Bréfritari: Jónatan Þorláksson
Viðtakandi: Jón Borgfirðings Jónsson
Dagsetning: A-1868-02-17
Skrifað á: Þórðarstöðum  S-Þing.

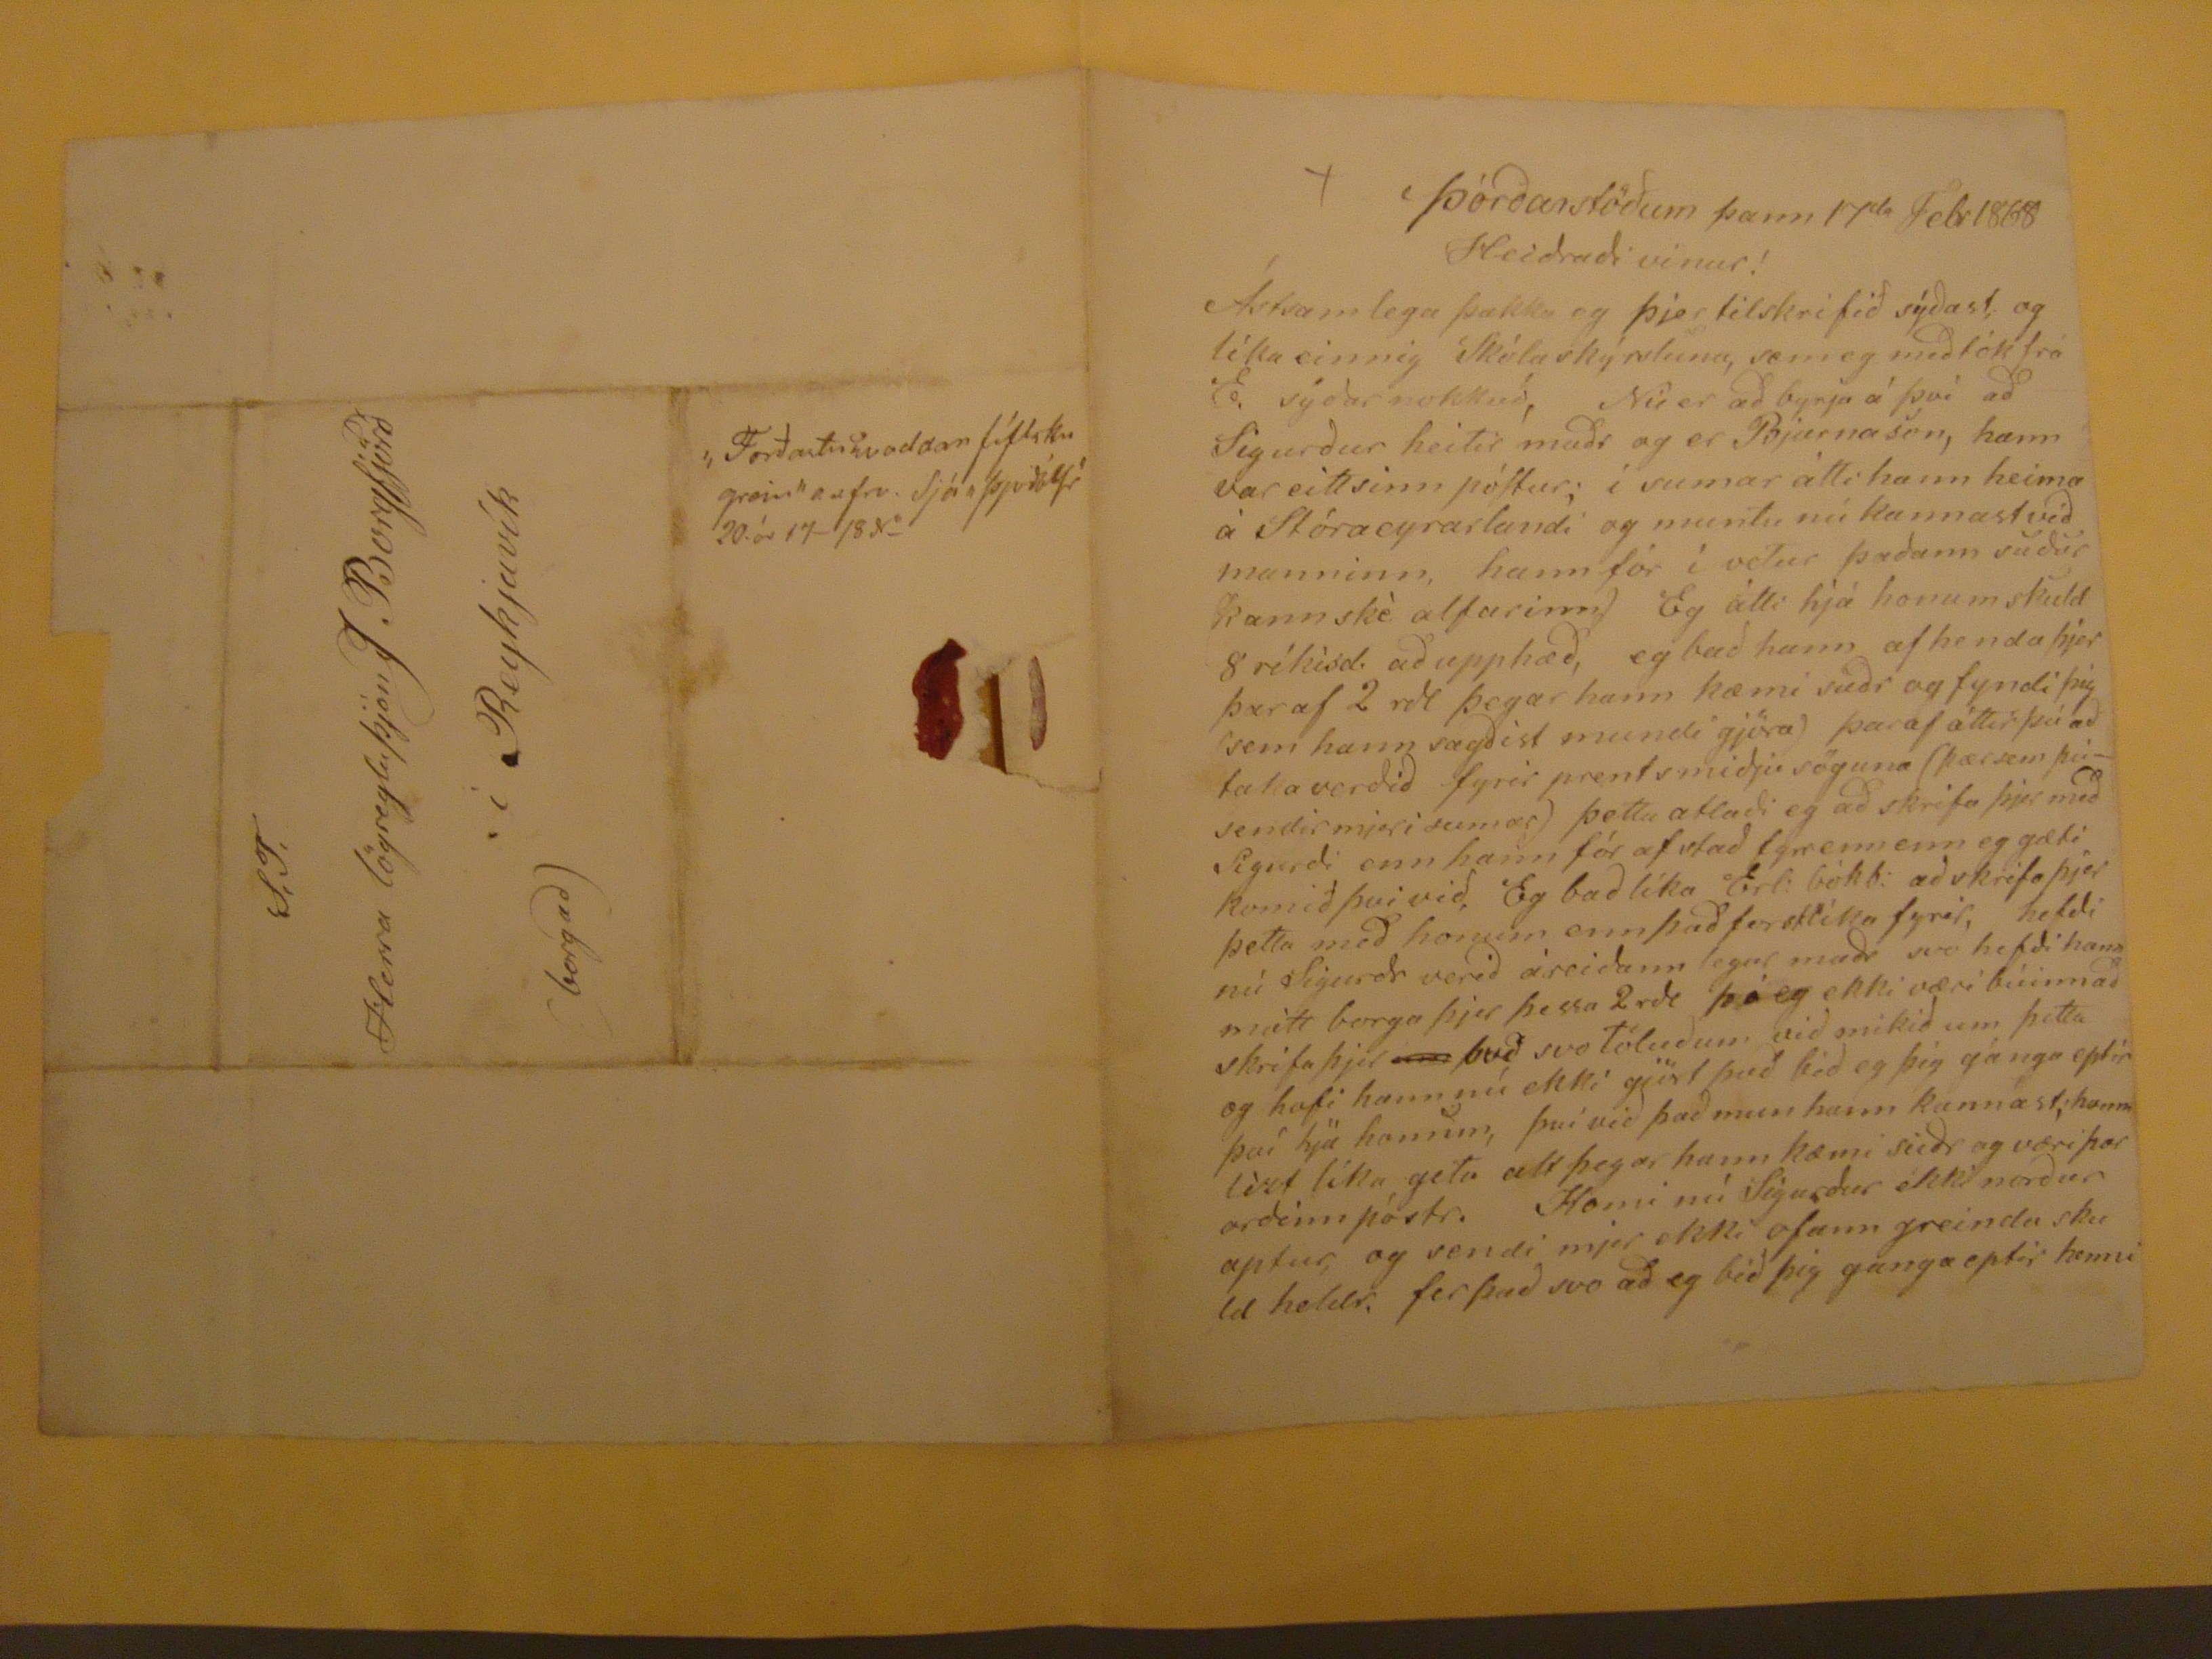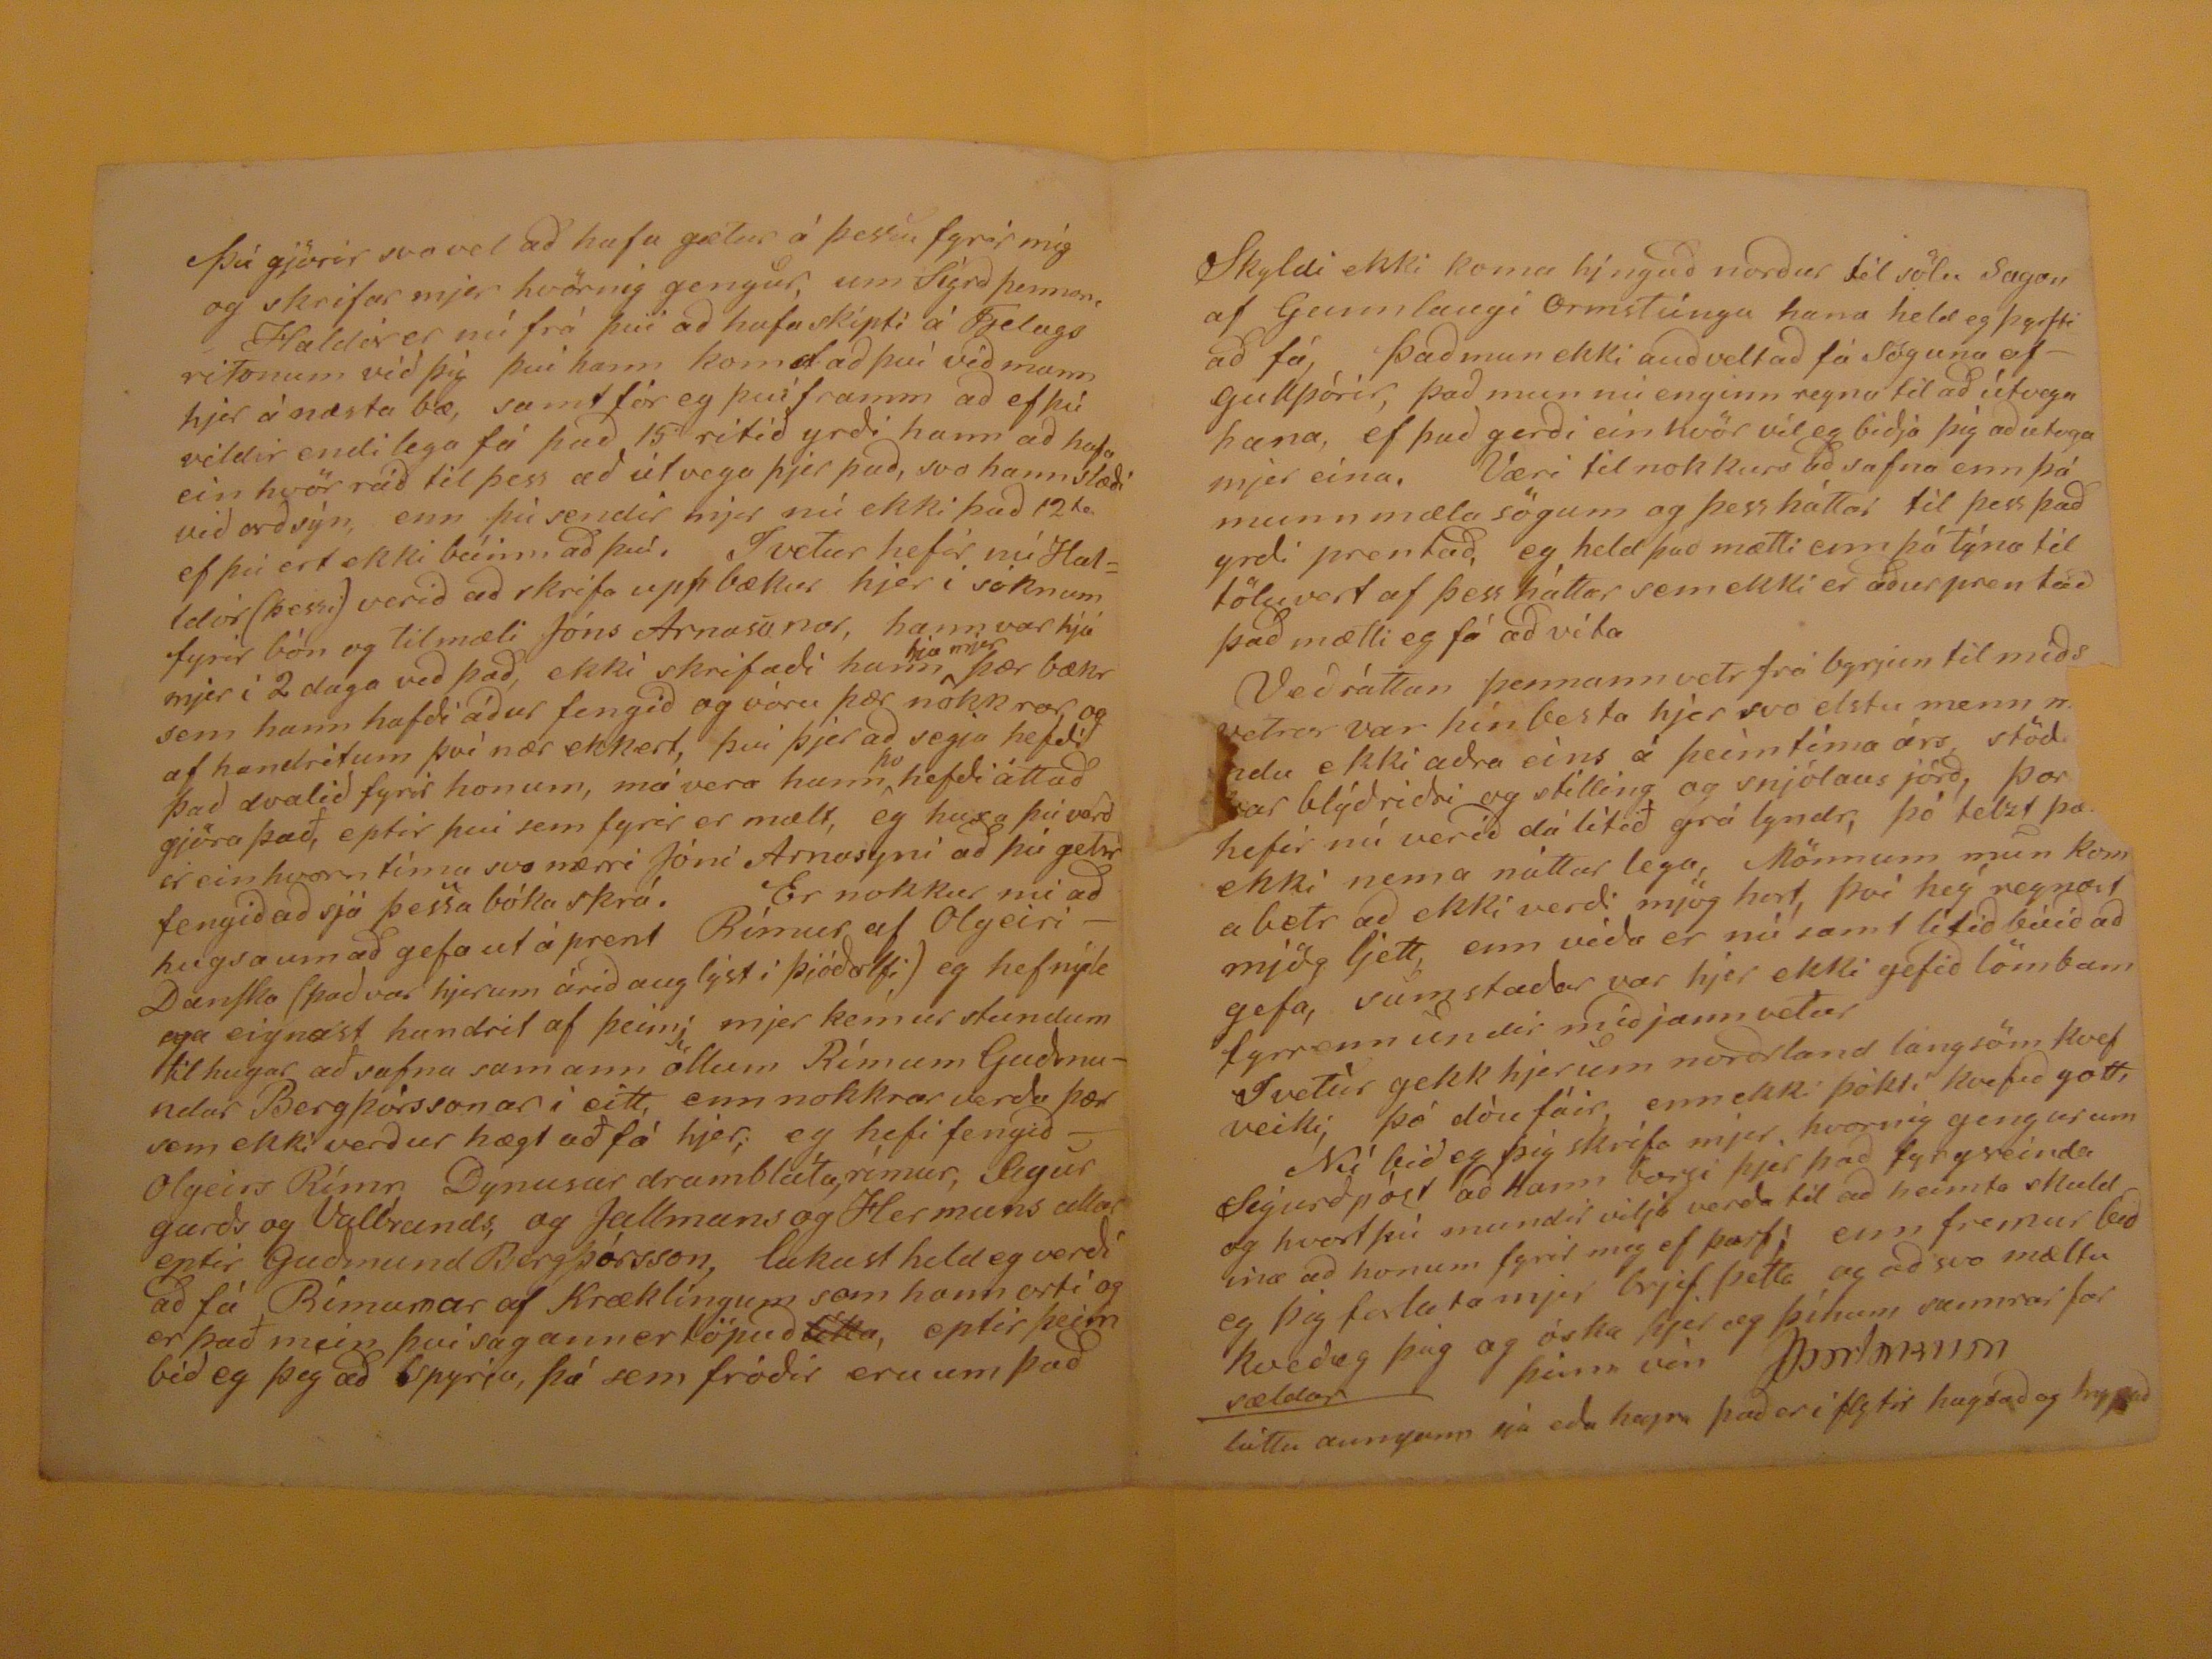

Þórðarstöðum þann 17
da
Febr 1868
Heiðraði vinur!
Ástsamlega þakka eg þjer tilskrifið sýðast, og líka einnig Skólaskýrsluna, sem eg meðtók frá E. sýðar nokkuð, Nú er að byrja á því að Sigurður heitir maðr og er Bjarnason, hann var eittsinn póstur; í sumar átti hann heima á Stóraeyrarlandi og muntu nú kannast við manninn, hann fór í vetur þaðann suður kannské alfarinn) Eg átti hjá honum skluld 8 ríkisd. að upphæð, eg bað hann afhenda þjer þar af 2 rdl þegar hann kæmi suðr og fyndi þig (sem hann sagðist mundi gjöra) þar af áttir þú að taka verðið fyrir prenstmiðju söguna (þær sem þú-sendir mjer i sumar) þetta ætlaði eg að skrifa þjer með Sigurði enn hann fór af stað fyrr enn enn eg gæti komið því við, Eg bað lika Erl: bókb: að skrifa þjer þetta með honum enn það
forslíka
fyrir, hefði nú Sigurðr verið áreiðann legur maðr svo hefði hann mátt borga þjer þessa 2 rdl þó eg ekki væri búinn að skrifa þjer
um
það, svo töluðum við mikið um þetta og hafi hann nú ekki gjört það bið eg þig gánga eptir því hjá honum, því við það mun hann kannast; hann lízt líka geta alt þegar hann kæmi suðr og væri þar orðinn póstr. Komi nú Sigurður ekki norður aptur, og sendi mjer ekki ofann greinda skuld heldr. fer það svo að eg bið þig ganga eptir henni
Þú gjörir svo vel að hafa gætur á þessu fyrir mig og skrifar mjer hvörnig gengur, um Sigrð þennan, Haldór er nú frá því að hafa skipti á Fjelagsritonum við þig því hann komst að því við mann hjer á næsta bæ, samt fór eg því framm að ef þú vildir endilega fá það 15 ritið yrði hann að hafa einhvör ráð til þess að útvega þjer það, svo hann stæði við orðsýn, enn þú sendir mjer nú ekki það 12
ta
ef þú ert ekki búinn að því. I vetur hefir nú Halldór (þessi) verið að skrifa upp bækur hjer í sóknum fyrir bón og tilmæli Jóns Arnasonar, hann var hjá mjer í 1 daga við það, ekki skrifaði hann
hja mjer
þær bækr sem hann hafði áður fengið og vóru þær nokkrar og af handritum því nær ekkert, því þjer að segja hefði það dvalið fyrir honum, má vera hann
þo
hefði átt að gjöra það, eptir því sem fyrir er mælt, eg huxa þú verður einhvorn tíma svo nærri J+oni Arnasyni að þú getur fengið að sjá þessa bóaskrá. Er nokkur nú að hugsa um að gefa ut á prent Rímur af Olgeiri- Danska (það var hjer um árið auglýst í Þjóðolfi) eg hef nýlega eignast handrit af þeim; mjer kemur stundum til hugar að safna samann öllum Rímum Guðmundar Bergþórssonar i eitt, enn nokkrar verða þær sem ekki verður hægt að fá hjer; eg hefi fengið Olgeirs Rímr Dýnusar drambláta, rímur, Sigurgarðs og Vallrands, og Jallmans og Hermuns allar eptir Guðmund Bergþórsson, lakast held eg verði að fá Rímurnar af Kræklingum sem hann orti og er það mein því sagann er töpuð
líka
, eptir þeim bið eg þig að spyrja, þá sem fróðir eru um það
Skyldi ekki koma hingað norður til sölu Sagan af Gunnlaugi Ormstúngu hana held eg þyrfti að fá, Það mun ekki auðvelt að fá söguna af gullþórir, það mun nú enginn reyna til að útvega hana, ef það gerði einhvör vil eg biðja þig að utvega mjer eina. Væri til nokkurs að safna enn þá munn mæla sögum og þess háttar itl þess að yrði prentað, eg held það mætti enn þá týna til töluvert af þess háttar sem ekki er áður prentað það mætti eg fá að vita Veðráttan þennann vetr frá byrjun til miðs vetrar var hin besta hjer svo elstu menn
mundu
ekki aðra eins á þeim tíma árs. st-d
???ar
blýðviðri og stilling og snjólaus jörð, Þor
???
hefir nú verið dálítið grá lyndr, þó telzt
þa??
ekki nema nátturlega, Mönnum mun koma betr að ekki verði mjög hart, þvi hey reynast mjög ljett, enn víða er nú samt litið búið að gefa, sumstaðar var hjer ekki gefið lömbum fyrrenn undir miðjann vetur I vetur gekk hjer um norðrland langsöm kvef veiki, þó dóu fáir, enn ekki þókti kvefið gott, Nú bið eg þig skrifa mjer, hvornig gengur um Sigurð póst að hann borgi þjer það fyrgeinda og hvort þú mundir vilja verða til að heimta skuldina að honum fyrir mig ef þarf, enn fremur bið eg þig
forlata
mjer brjef þetta og að svo mæltu kveð eg þig og óska þjer og þínum sannrar farsældar
þinn vin
JÞorláksson
láttu aungann sjá eða heyra það er i flytir hugsa og
hypað